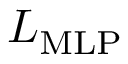
L _ { \mathrm { M L P } }